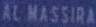
AL-MASSIRA